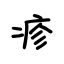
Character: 疹